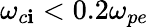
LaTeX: \omega_{c\mathbf{i}}<0.2\omega_{pe}